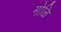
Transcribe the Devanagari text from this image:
मोळि